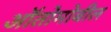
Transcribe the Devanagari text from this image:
ऑतोमोबील